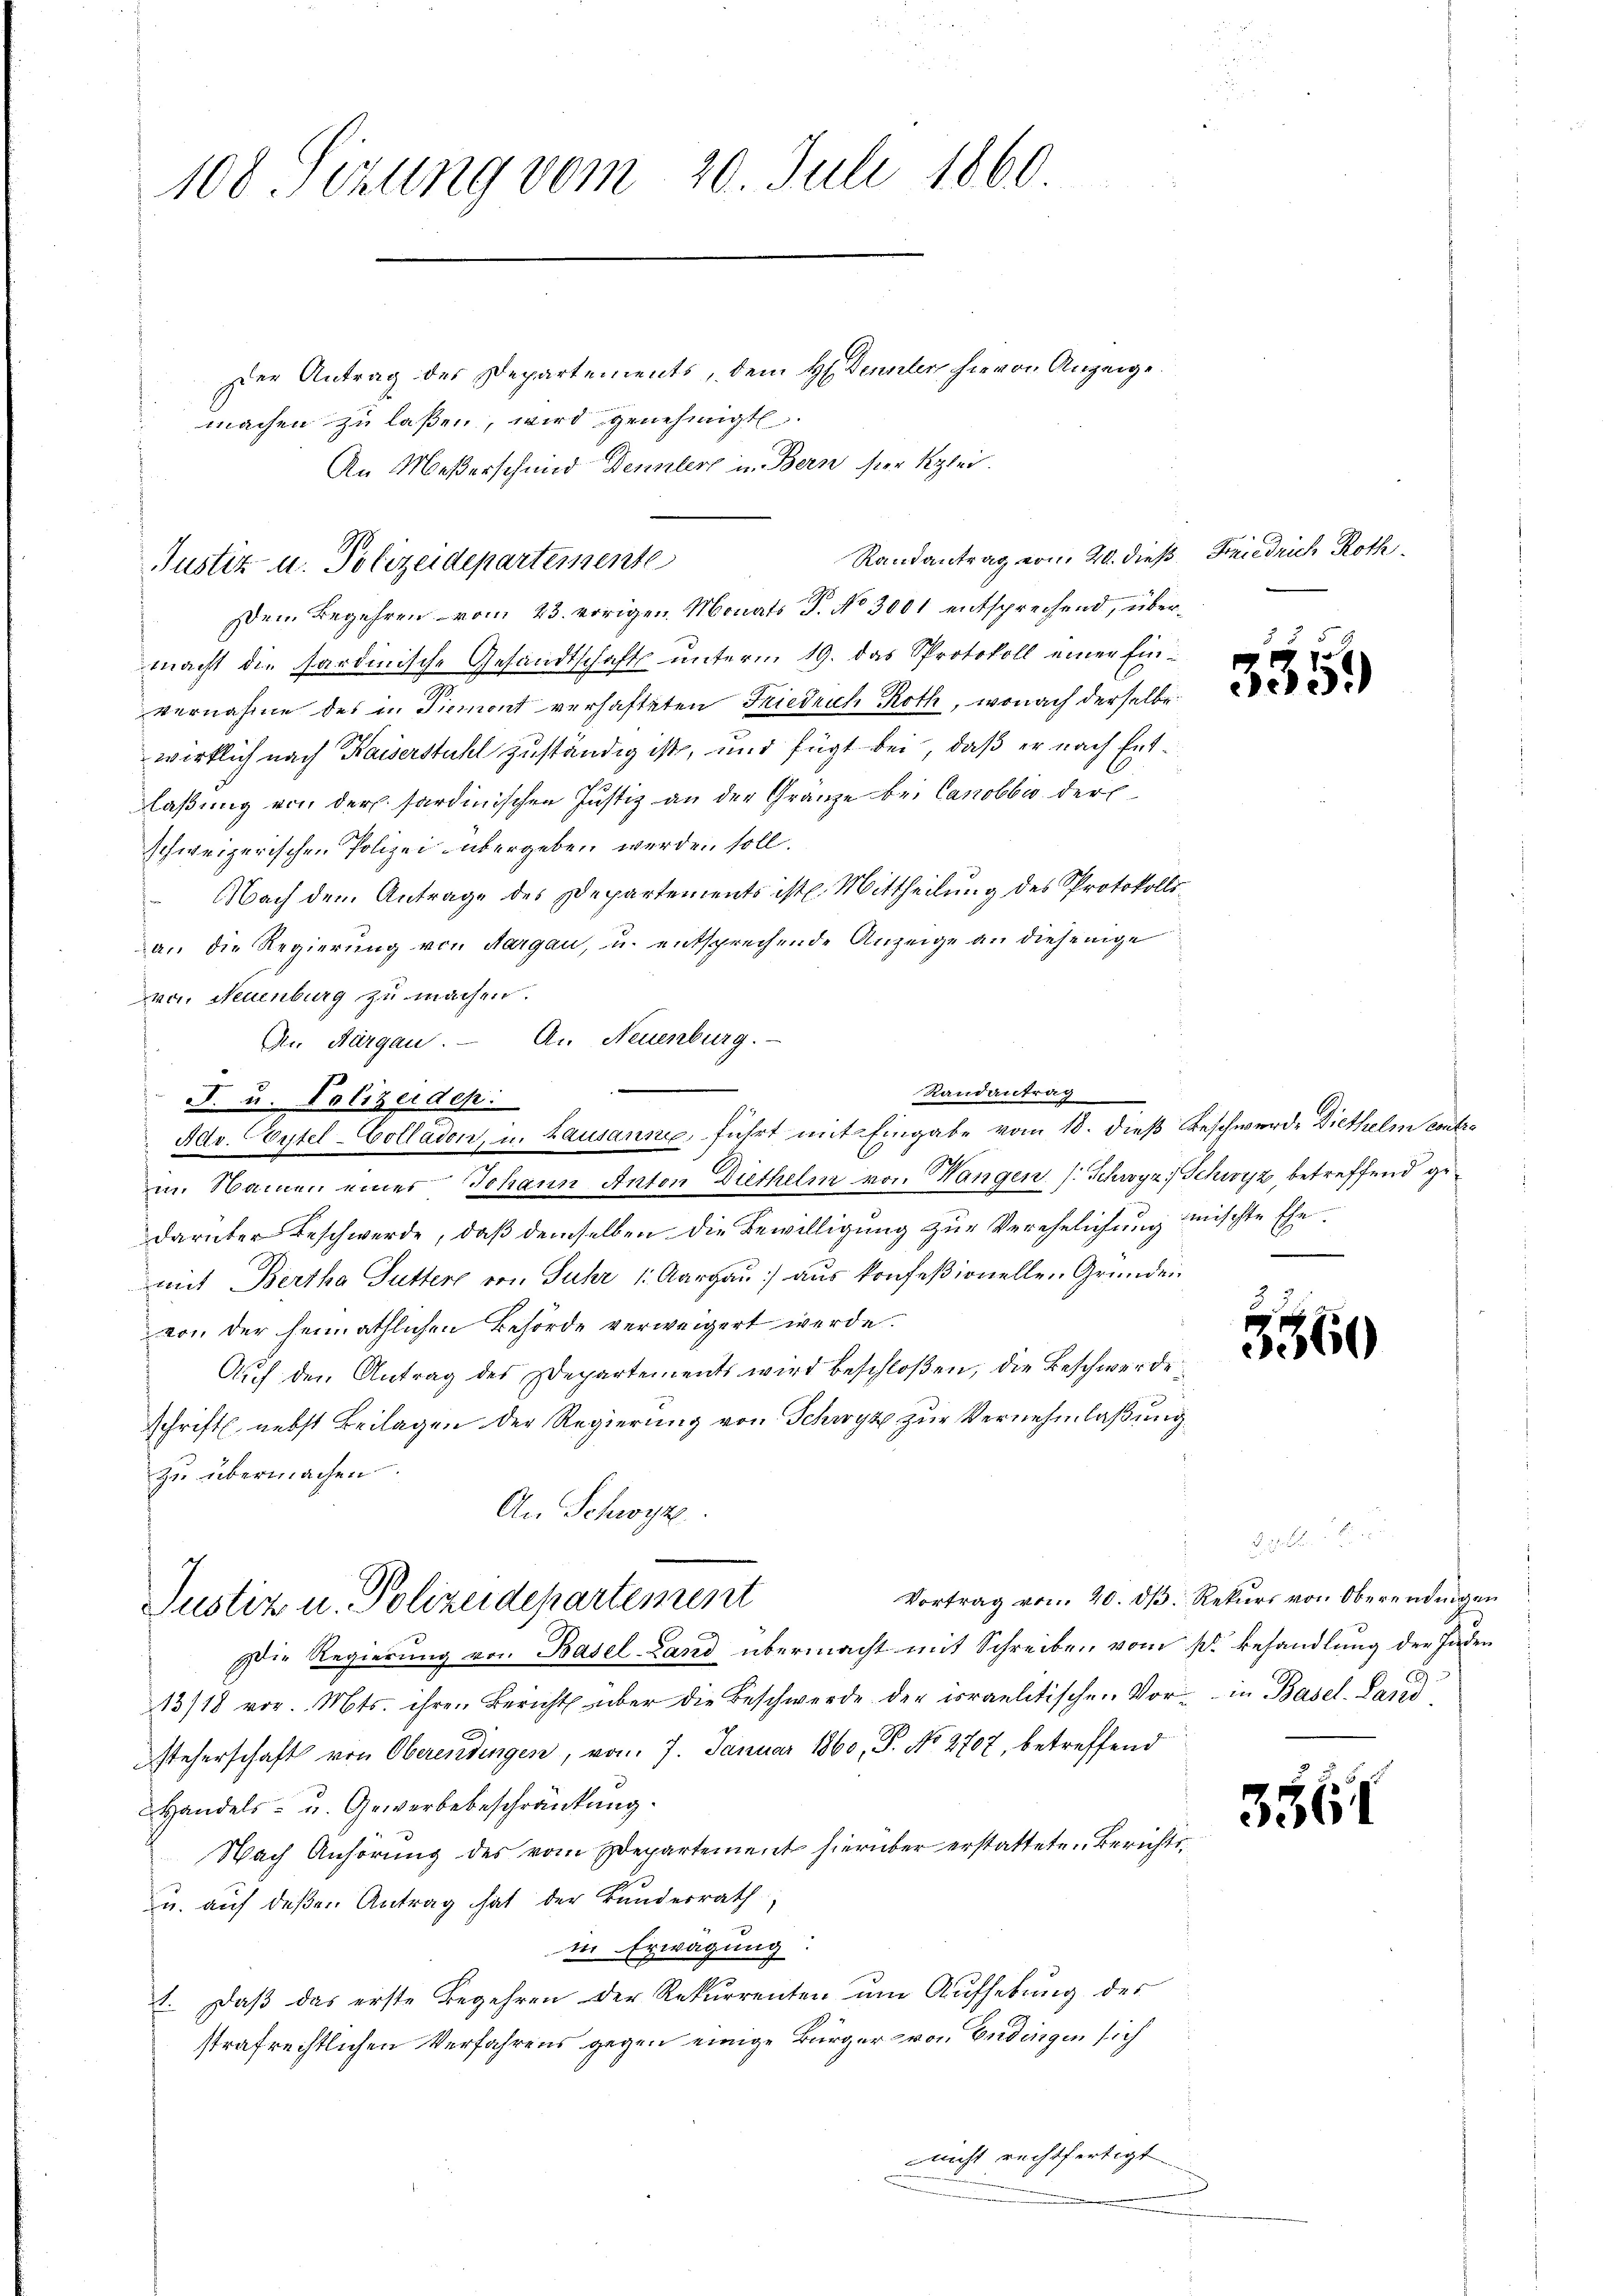
108 Sizung vom 20. Juli 1860

Der Antrag des Departements, dem H. Dennler hievon Anzeige
machen zu laßen, wird genehmigt.
An Meßerschund Dennlert in Bern hier Klei

Dem Begehren vom 23. vorigen Monats P. No 3001 entsprechend, übermacht die Sardinische Gesandtschaft unterm 19. das Protokoll einer Einvernahme des in Piemont verhafteten Friedrich Roth, wonach derselbe
wirklich nach Kaiserstuhl zuständig ist, und fügt bei, daß er nach Entlaßung von der Sardinischen Justiz an der Granze bei Canobbio der
schweizerischen Polizei übergeben werden soll.
 Nach dem Antrage des Departements ist. Mittheilung des Protokollsan die Regierung von Aargau, u. entsprechende Anzeige an diejenige
von Neuenburg zu machen.
darüber Beschwerde, daß demselben die Bewilligung zur Verehelichung mischte Ehemit Bertha Futter von Fuhr 1. Aargau) aus konfeßionellen Gründen
von der heimathlichen Behörde verweigert werde.
Auf den Antrag des Departements wird beschloßen, die Beschwerde
schrift nebst Beilagen der Regierung von Schwyz zur Vernehmlaßung
zu übermachen.
An Schwyz
Vortrag vom 20. dβ. Rekurs von Oberendingen
Justiz u. Polizeidepartement
ie Regierung von Basel-Land übermacht mit Schreiben vom 1. Behandlung der Juden
13/18 vor. Mts. ihren Bericht über die Beschwerde der israelitischen Vor- in Basel. Land
steherschaft von Oberendingen, vom 7. Januar 1860, P. No 2707, betreffend
Handels- u. Gewerbebeschränkung.
Nach Anhörung des vom Departement hierüber erstatteten Berichts¬
u. auf deßen Antrag hat der Bundesrath
in Erwägung:
1. Daß das erste Begehren der Rekurrenten um Aufhebung des
strafrechtlichen Verfahrens gegen einige Bürger von Endingen sich
nicht rechtfertigt.

Randantrag vom 20. dieß Friedrich Roth
Justiz- u. Polizeidepartemente

An Aargau. — A. Neuenburg.
Randantrag
F. u. Polizeidep
Adv. (Eytel-Colladen, u. Lausannes, führt mit Eingabe vom 18. dieß Beschwerde Diethelm anbein Namen eines Johann Anton Diethelm von Wangen (: Schwyz, Schwyz, betreffend ge¬

1
e3)

5560

356